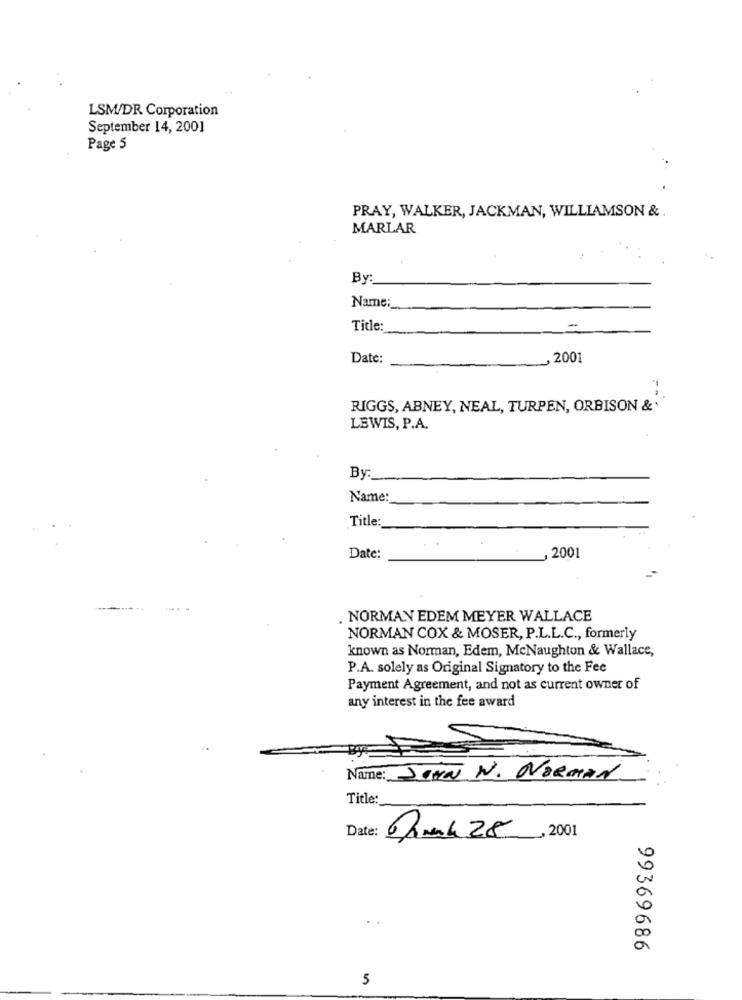
LSM/DR Corporation
September 14, 2001
Page 5
PRAY, WALKER, JACKMAN, WILLIAMSON & .
MARLAR
By:
Name:
Title:
Date:
2001
RIGGS, ABNEY, NEAL, TURPEN, ORBISON &'
LEWIS, P.A.
By:
Name:
Title:
Date:
, 2001
. NORMAN EDEM MEYER WALLACE
NORMAN COX & MOSER, P.L.L.C ., formerly
known as Norman, Edem, McNaughton & Wallace,
P.A. solely as Original Signatory to the Fee
Payment Agreement, and not as current owner of
any interest in the fee award
Name: JOHN N. NORMAN
Title:
Date:
DAmak 28, 2001
99369686
5